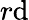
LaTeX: r\mathrm{d}